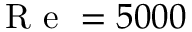
\mathrm { ~ R ~ e ~ } = 5 0 0 0